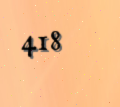
418